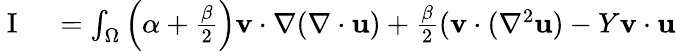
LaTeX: \begin{array}{rl}{\mathrm{~I~}}&{{}=\int_{\Omega}\left(\alpha+\frac{\beta}{2}\right)\mathbf{v}\cdot\nabla(\nabla\cdot\mathbf{u})+\frac{\beta}{2}(\mathbf{v}\cdot(\nabla^{2}\mathbf{u})-Y\mathbf{v}\cdot\mathbf{u}}\end{array}